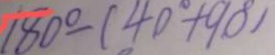
1 8 0 ^ { \circ } - ( 4 0 ^ { \circ } + 9 0 ^ { \circ } )